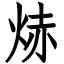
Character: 焃